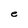
Character: e